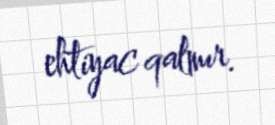
ehtiyac qalmır.